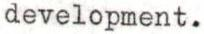
development.